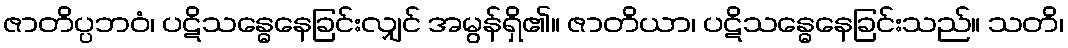
ဇာတိပ္ပဘဝံ၊ ပဋိသန္ဓေနေခြင်းလျှင် အမွန်ရှိ၏။ ဇာတိယာ၊ ပဋိသန္ဓေနေခြင်းသည်။ သတိ၊